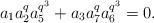
LaTeX: \begin{align*}a_1a_2^qa_5^{q^3}+a_3a_7^qa_6^{q^3}=0.\end{align*}